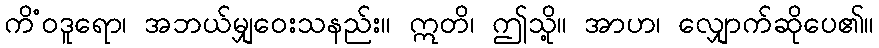
ကိံဝဒူရော၊ အဘယ်မျှဝေးသနည်း။ ဣတိ၊ ဤသို့။ အာဟ၊ လျှောက်ဆိုပေ၏။